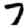
Digit: 7